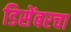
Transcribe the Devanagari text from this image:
डिसेंबरचा